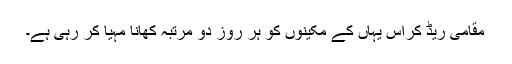
مقامی ریڈ کراس یہاں کے مکینوں کو ہر روز دو مرتبہ کھانا مہیا کر رہی ہے۔